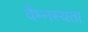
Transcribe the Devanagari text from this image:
वैम्नस्यता